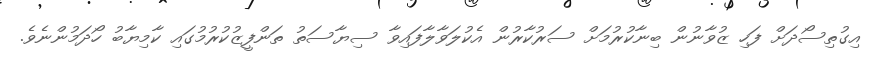
އިގުތިސޯދަށް ފަހި ޒުވާނުން ބިނާކުރުމަށް ސަރުކާރުން އެކުލަވާލާފައިވާ ސިޔާސަތު ތަންފީޒުކުރުމުގައި ކާމިޔާބު ހޯދަމުންނެވެ.